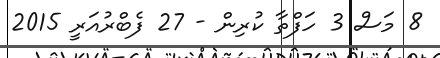
8 މަސް 3 ހަފްތާ ކުރިން - 27 ފެބްރުއަރީ 2015